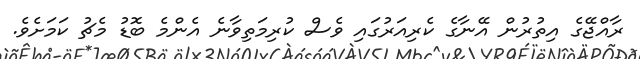
ރާއްޖޭގެ އިތުރުން އޭނާގެ ކެރިއަރުގައި ވެސް ކުރިމަތިވާނެ އެންމެ ބޮޑު މެޗު ކަމަށެވެ.